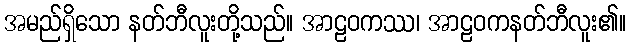
အမည်ရှိသော နတ်ဘီလူးတို့သည်။ အာဠဝကဿ၊ အာဠဝကနတ်ဘီလူး၏။